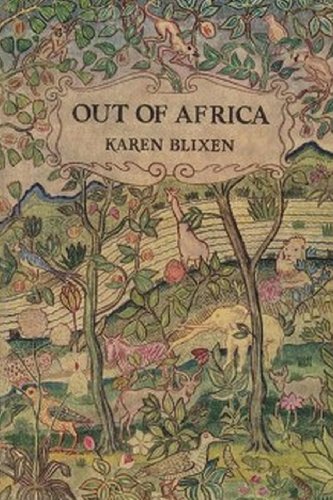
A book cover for Out of Africa; Isak Dinesen (Karen Blixen); Travel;